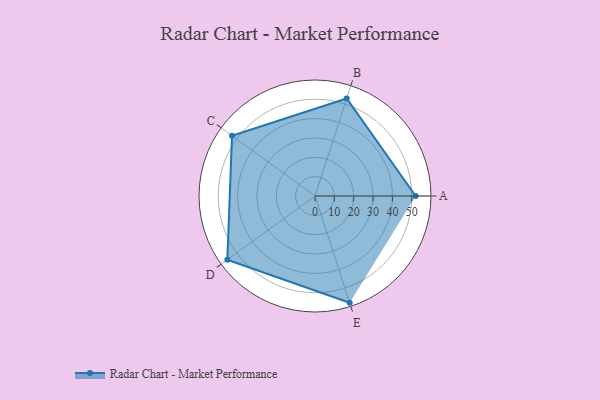
{"axis": {"x": "Skill", "y": "Score"}, "legend": ["Profile"], "data": [{"x": "A", "y": 52.0, "type": "Profile"}, {"x": "B", "y": 53.0, "type": "Profile"}, {"x": "C", "y": 53.0, "type": "Profile"}, {"x": "D", "y": 56.0, "type": "Profile"}, {"x": "E", "y": 58.0, "type": "Profile"}]}